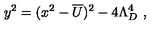
y ^ { 2 } = ( x ^ { 2 } - \overline { { U } } ) ^ { 2 } - 4 \Lambda _ { D } ^ { 4 } \ ,